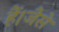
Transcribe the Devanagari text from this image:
हैं।जैसे